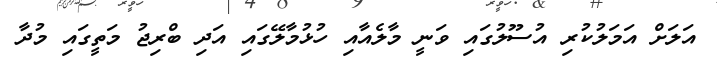
އަލަށް އަމަލުކުރި އުސޫލުގައި ވަނީ މާލެއާއި ހުޅުމާލޭގައި އަދި ބްރިޖު މަތީގައި މުދާ